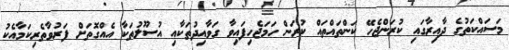
މަސައްކަތުގެ ދާއިރާގައި ކުރަންޖެހޭ ކަންތައްތައް ކުރަން ހަމަޖެހިފައިވާ ގަވާއިދުތަކާއި އުސޫލުތަކާ އެއްގޮތަށް ފަރުވާތެރިކަމާއެކު